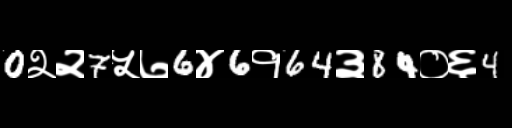
Text: 0२२7५७6४6१64३84०६4